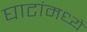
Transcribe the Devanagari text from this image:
घाटांमध्ये